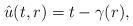
LaTeX: \begin{align*}\hat u(t, r) = t - \gamma(r),\end{align*}